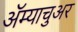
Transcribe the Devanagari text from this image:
अॅम्याचुअर